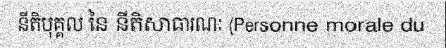
នីតិបុគ្គល នៃ នីតិសាធារណៈ (Personne morale du